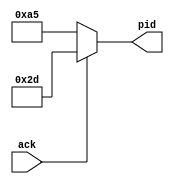
module handshacke(
	ack , 
	pid
	);


input wire ack ;
output reg [7:0] pid;
reg [7:0] data;
always @ (*) 
begin
//si tenemos un ack en el handshacke tenemos 
	if(ack) 
	    data = 8'b00101101 ;//{Handshake_ACK,!Handshake_ACK};
	else
	    data = 8'b10100101 ;//{Handshake_NAK,!Handshake_NAK};
    
    pid[7:0] = data[7:0];
    
end 

endmodule